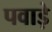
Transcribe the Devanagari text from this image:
पवाड़े